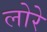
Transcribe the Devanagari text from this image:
लोरे